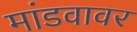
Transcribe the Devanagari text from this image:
मांडवावर